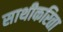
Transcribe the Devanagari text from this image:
साथीकरिता